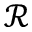
\mathcal { R }